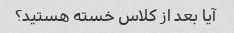
آیا بعد از کلاس خسته هستید؟